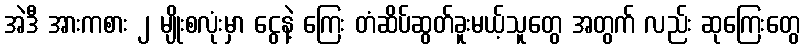
အဲဒီ အားကစား ၂ မျိုးစလုံးမှာ ငွေနဲ့ ကြေး တံဆိပ်ဆွတ်ခူးမယ့်သူတွေ အတွက် လည်း ဆုကြေးတွေ